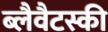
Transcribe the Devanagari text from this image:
ब्लैवैटस्की